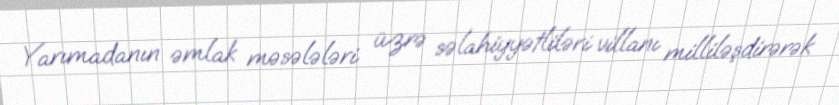
Yarımadanın əmlak məsələləri üzrə səlahiyyətliləri villanı milliləşdirərək